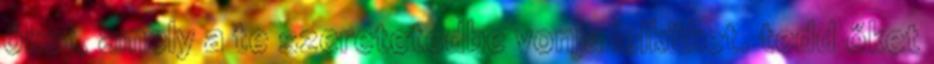
őket, amely a te szeretetedbe vonja lelküket. tedd őket